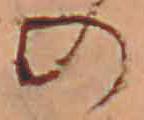
の